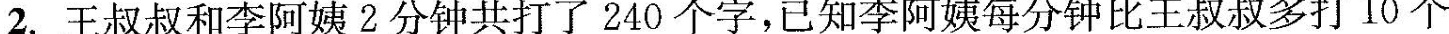
2.王叔叔和李阿姨2分钟共打了240个字，已知李阿姨每分钟比王叔叔多打10个